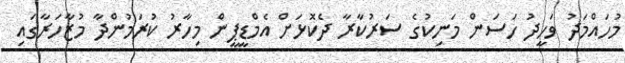
މުހައްމަދު ވަހީދު ހަސަން މަނިކުގެ ސަރުކާރާ ދެކޮޅަށް އެމްޑީޕީން މިހާރު ކުރަމުންދާ މުޒާހަރާގައި